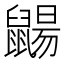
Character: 𪕫